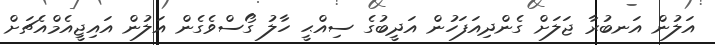
އަލުން އަނބުރާ ޖަލަށް ގެންދިއަފަހުން އަދީބުގެ ސިއްޙީ ހާލު ގޯސްވެގެން އަލުން އައިޖީއެމްއެޗަށް